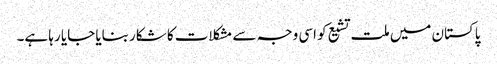
پاکستان میں ملت تشیع کو اسی وجہ سے مشکلات کا شکار بنایا جایا رہا ہے۔